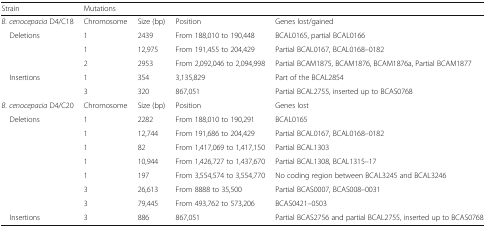
<table><thead><tr><td><b>Strain</b></td><td colspan="4"><b>Mutations</b></td></tr></thead><tbody><tr><td><i>B. cenocepacia</i> D4/C18</td><td>Chromosome</td><td>Size (bp)</td><td>Position</td><td>Genes lost/gained</td></tr><tr><td rowspan="3"> Deletions</td><td>1</td><td>2439</td><td>From 188,010 to 190,448</td><td>BCAL0165, partial BCAL0166</td></tr><tr><td>1</td><td>12,975</td><td>From 191,455 to 204,429</td><td>Partial BCAL0167, BCAL0168–0182</td></tr><tr><td>2</td><td>2953</td><td>From 2,092,046 to 2,094,998</td><td>Partial BCAM1875, BCAM1876, BCAM1876a, Partial BCAM1877</td></tr><tr><td rowspan="2"> Insertions</td><td>1</td><td>354</td><td>3,135,829</td><td>Part of the BCAL2854</td></tr><tr><td>3</td><td>320</td><td>867,051</td><td>Partial BCAL2755, inserted up to BCAS0768</td></tr><tr><td><i>B. cenocepacia</i> D4/C20</td><td>Chromosome</td><td>Size (bp)</td><td>Position</td><td>Genes lost</td></tr><tr><td rowspan="7"> Deletions</td><td>1</td><td>2282</td><td>From 188,010 to 190,291</td><td>BCAL0165</td></tr><tr><td>1</td><td>12,744</td><td>From 191,686 to 204,429</td><td>Partial BCAL0167, BCAL0168–0182</td></tr><tr><td>1</td><td>82</td><td>From 1,417,069 to 1,417,150</td><td>Partial BCAL1303</td></tr><tr><td>1</td><td>10,944</td><td>From 1,426,727 to 1,437,670</td><td>Partial BCAL1308, BCAL1315–17</td></tr><tr><td>1</td><td>197</td><td>From 3,554,574 to 3,554,770</td><td>No coding region between BCAL3245 and BCAL3246</td></tr><tr><td>3</td><td>26,613</td><td>From 8888 to 35,500</td><td>Partial BCAS0007, BCAS008–0031</td></tr><tr><td>3</td><td>79,445</td><td>From 493,762 to 573,206</td><td>BCAS0421–0503</td></tr><tr><td> Insertions</td><td>3</td><td>886</td><td>867,051</td><td>Partial BCAS2756 and partial BCAL2755, inserted up to BCAS0768</td></tr></tbody></table>